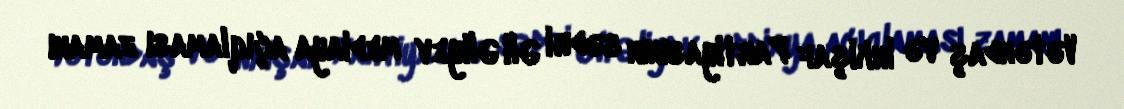
Vətəndaş və İnkişaf Partiyasının sədri Əli Əliyev mediaya açıqlaması zamanı